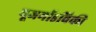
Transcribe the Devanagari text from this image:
यूजमॉडविकी